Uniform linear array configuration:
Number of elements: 64
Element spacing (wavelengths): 0.5
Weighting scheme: kaiser
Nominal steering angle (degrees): -30
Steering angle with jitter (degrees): -29.827
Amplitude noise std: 0.05
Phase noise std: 0.05

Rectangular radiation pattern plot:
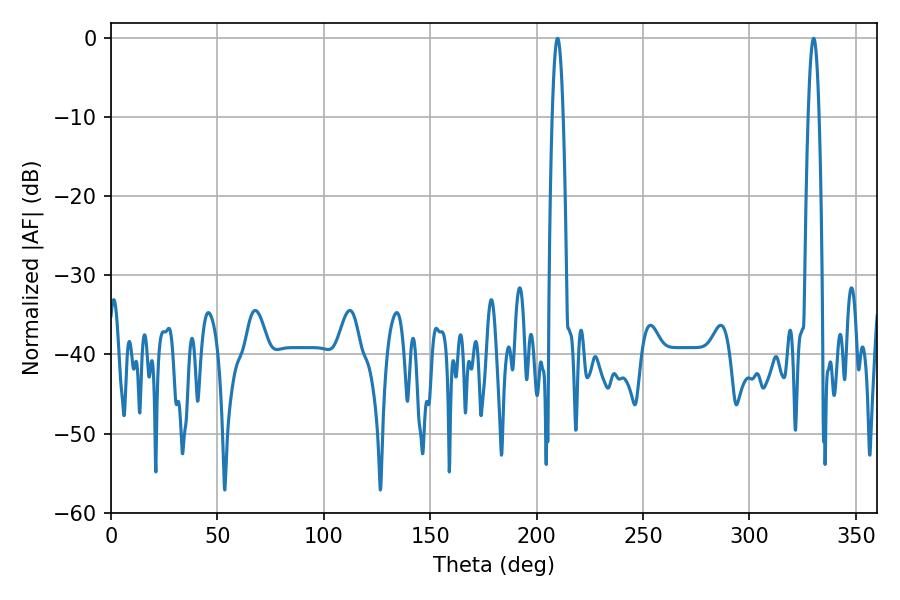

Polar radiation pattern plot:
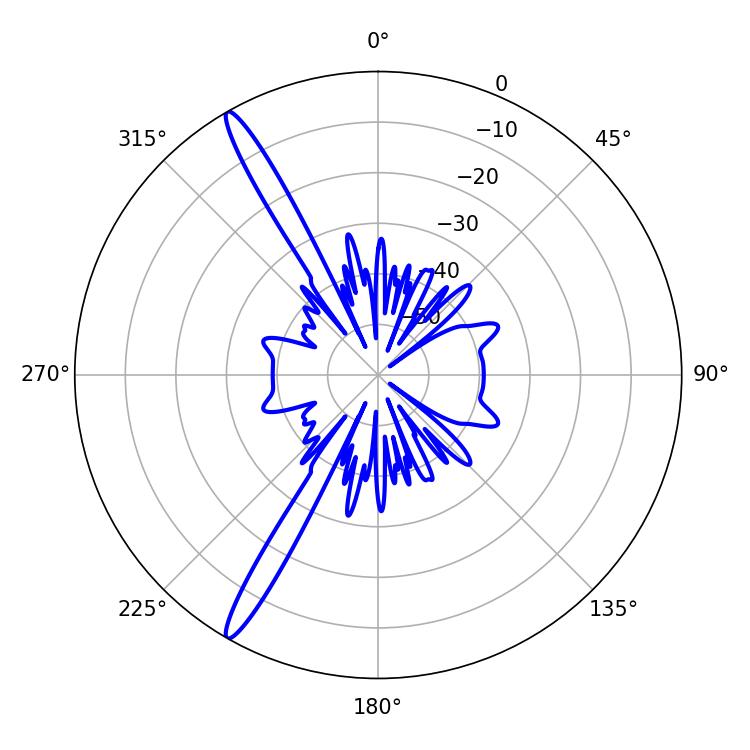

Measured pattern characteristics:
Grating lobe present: FALSE
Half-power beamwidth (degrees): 2.88
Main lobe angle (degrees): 330.12